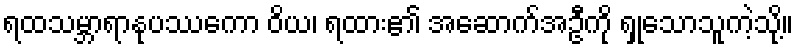
ရထသမ္ဘာရာနုပဿကော ဝိယ၊ ရထား၏ အဆောက်အဦကို ရှုသောသူကဲ့သို့။